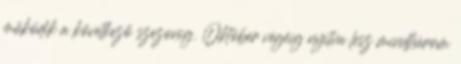
működik a következő szezonig. Október végéig nyitva lesz mindhárom